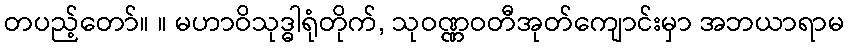
တပည့်တော်။ ။ မဟာဝိသုဒ္ဓါရုံတိုက်, သုဝဏ္ဏဝတီအုတ်ကျောင်းမှာ အဘယာရာမ